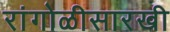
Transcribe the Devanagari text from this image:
रांगोळीसारखी